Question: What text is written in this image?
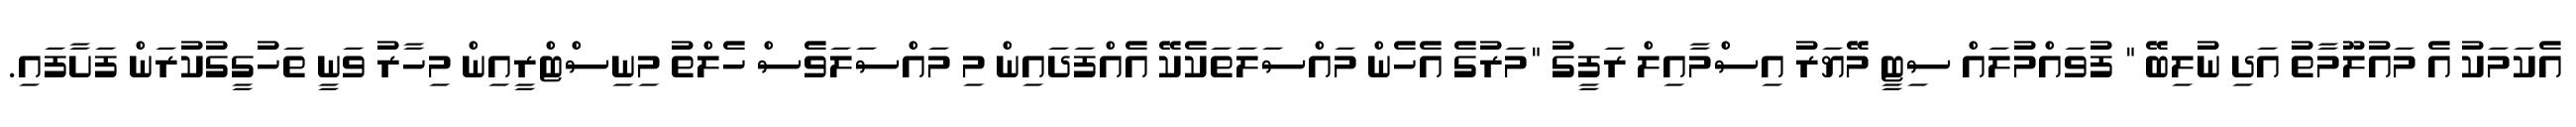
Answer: އެކަމަކު އެ މައުލޫމާތު އަދި ނުލިބޭ " ފުވައްމުލައް ސިޓީ މޭޔަރު އިސްމާއިލް ރަފީގު "މަރުގެ އެހެން މައްސަލަތަކެކޭ އެއްފަދައިން މި މައްސަލަވެސް ހެލްތު މިނިސްޓްރީއިން މިހާރު ވަނީ ތަހުގީގުކުރަން ފަށާފައި.